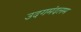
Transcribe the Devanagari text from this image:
उदगमंदलम